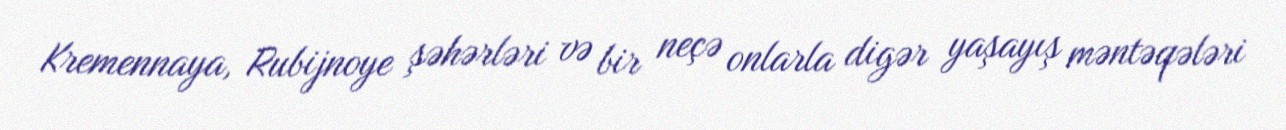
Kremennaya, Rubijnoye şəhərləri və bir neçə onlarla digər yaşayış məntəqələri